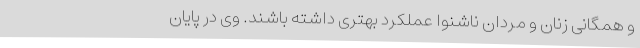
و همگانی زنان و مردان ناشنوا عملکرد بهتری داشته باشند. وی در پایان